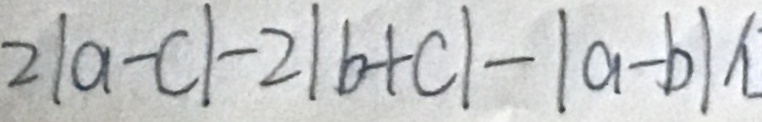
2 \vert a - c \vert - 2 \vert b + c \vert - \vert a - b \vert